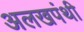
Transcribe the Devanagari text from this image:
अलखपंथी